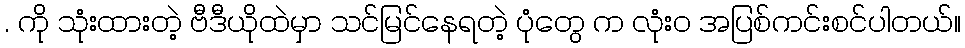
. ကို သုံးထားတဲ့ ဗီဒီယိုထဲမှာ သင်မြင်နေရတဲ့ ပုံတွေ က လုံးဝ အပြစ်ကင်းစင်ပါတယ်။